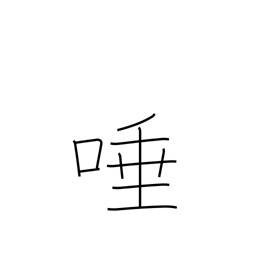
Meaning: saliva